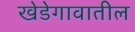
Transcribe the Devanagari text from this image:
खेडेगावातील